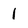
Character: 1